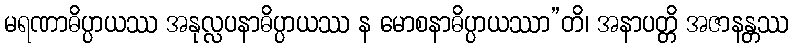
မရဏာဓိပ္ပာယဿ အနုလ္လပနာဓိပ္ပာယဿ န မောစနာဓိပ္ပာယဿာ”တိ၊ အနာပတ္တိ အဇာနန္တဿ